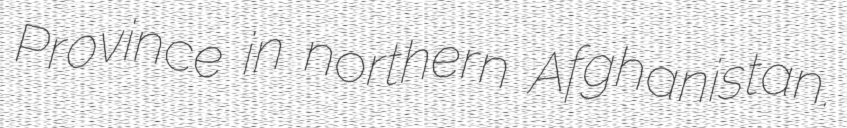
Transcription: Province in northern Afghanistan.